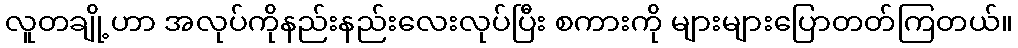
လူတချို့ဟာ အလုပ်ကိုနည်းနည်းလေးလုပ်ပြီး စကားကို များများပြောတတ်ကြတယ်။